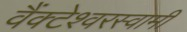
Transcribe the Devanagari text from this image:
वैंक्टेश्वरस्वामी